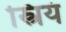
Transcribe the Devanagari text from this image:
स्त्रियं